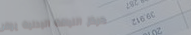
مركز اللياقة البدنية يوفر